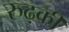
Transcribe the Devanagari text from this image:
रुढ़की